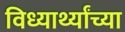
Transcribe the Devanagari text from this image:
विध्यार्थ्यांच्या